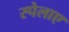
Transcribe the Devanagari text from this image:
स्पेलाए